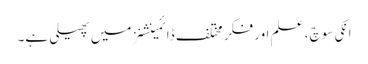
انکی سوچ ، علم اور فکر مختلف ڈائمینشنز میں پھیلی ہے۔